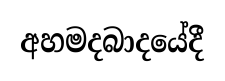
අහමදබාදයේදී